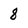
Character: 8